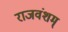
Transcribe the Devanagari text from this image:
राजवंशम्